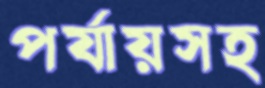
পর্যায়সহ